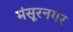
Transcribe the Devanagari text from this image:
मंसूरनगर